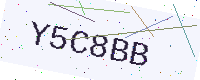
Text: Y5C8BB